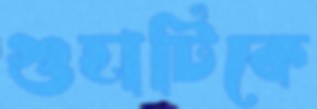
গুহাটিকে